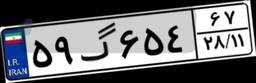
۵۹گ۶۵۴۶۷